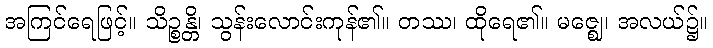
အကြင်ရေဖြင့်။ သိဉ္စန္တိ၊ သွန်းလောင်းကုန်၏။ တဿ၊ ထိုရေ၏။ မဇ္ဈေ၊ အလယ်၌။